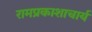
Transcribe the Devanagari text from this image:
रामप्रकाशाचार्य